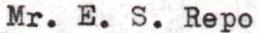
Mr. E. S. Repo